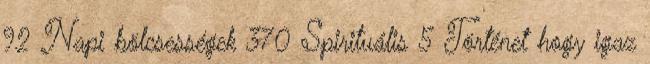
92 Napi bölcsességek 370 Spirituális 5 Történet hogy igaz